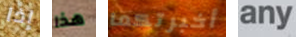
إذا هذا أخبرتكما any